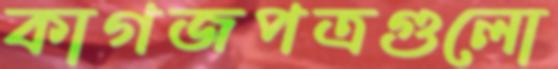
কাগজপত্রগুলো